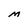
Character: M